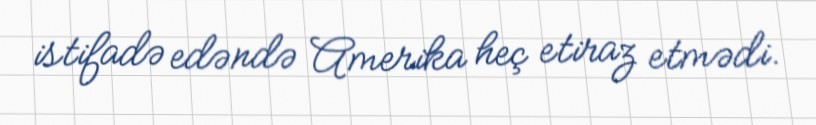
istifadə edəndə Amerika heç etiraz etmədi.